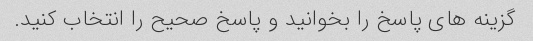
گزینه های پاسخ را بخوانید و پاسخ صحیح را انتخاب کنید.